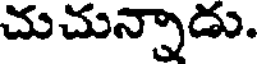
చుచున్నాడు.